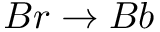
B r \rightarrow B b